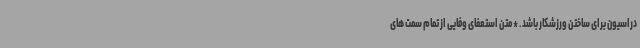
دراسیون برای ساختن ورزشکار باشد. *متن استعفای وفایی از تمام سمت های